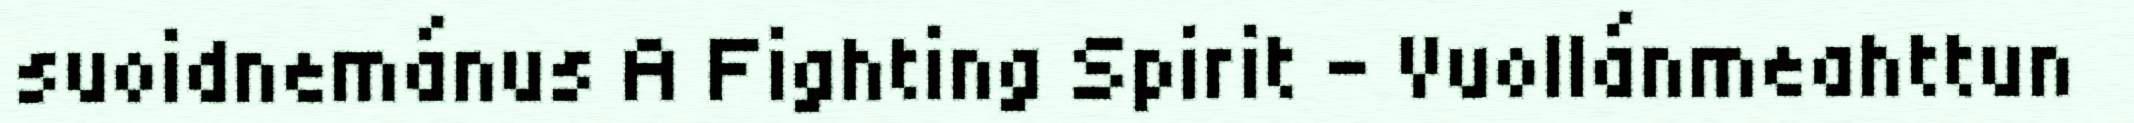
suoidnemánus A Fighting Spirit – Vuollánmeahttun